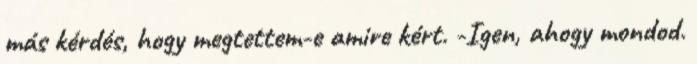
más kérdés, hogy megtettem-e amire kért. -Igen, ahogy mondod.